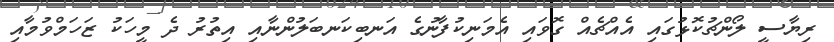
ރިޔާސީ ލޯންޗުކޮޅުގައި އެއްޗެއް ގޮވައި އެމަނިކުފާނުގެ އަނބިކަނބަލުންނާއި އިތުރު ދެ މީހަކު ޒަހަމްވުމާއި